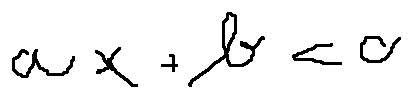
a x + b < c